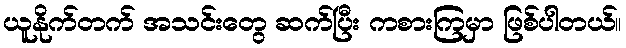
ယူနိုက်တက် အသင်းတွေ ဆက်ပြီး ကစားကြမှာ ဖြစ်ပါတယ်။